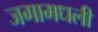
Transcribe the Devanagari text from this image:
जगामधली